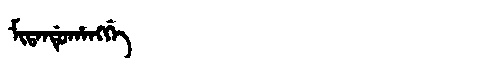
Manchu: ᠮᡳᡨᠠᠨᡩᡠᡥᠠᠩᡤᡝ
Romanization: MITANDUHANGGE